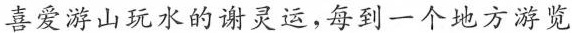
喜爱游山玩水的谢灵运，每到一个地方游览